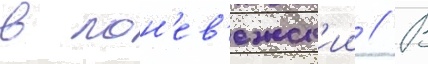
в пон'ев'ежск'ии // В